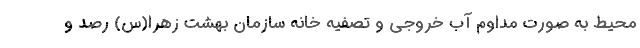
محیط به صورت مداوم آب خروجی و تصفیه خانه سازمان بهشت زهرا(س) رصد و